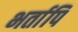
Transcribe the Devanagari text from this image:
भर्तापि